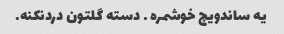
یه ساندویچ خوشمره … دسته گلتون دردنکنه.